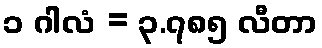
၁ ဂါလံ = ၃.၇၈၅ လီတာ